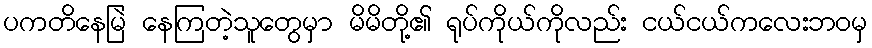
ပကတိနေမြဲ နေကြတဲ့သူတွေမှာ မိမိတို့၏ ရုပ်ကိုယ်ကိုလည်း ငယ်ငယ်ကလေးဘဝမှ